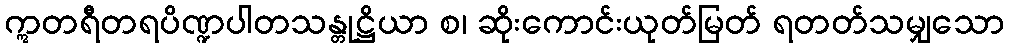
ဣတရီတရပိဏ္ဍပါတသန္တုဋ္ဌိယာ စ၊ ဆိုးကောင်းယုတ်မြတ် ရတတ်သမျှသော